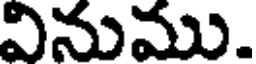
వినుము.